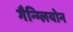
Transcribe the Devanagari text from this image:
गैन्ग्लियोन